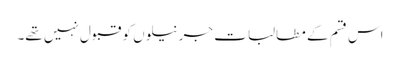
اس قسم کے مطالبات جرنیلوں کو قبول نہیں تھے۔